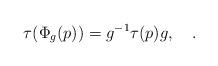
LaTeX: \begin{align*}\tau(\Phi_g(p))=g^{-1}\tau(p)g,\quad.\end{align*}